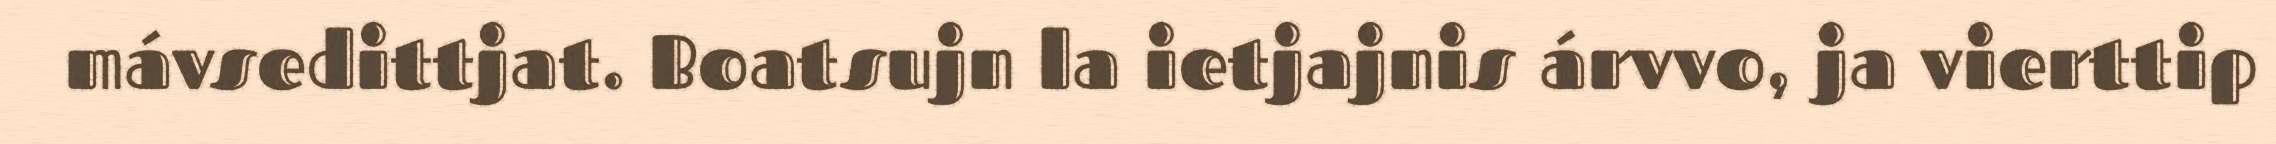
mávsedittjat. Boatsujn la ietjajnis árvvo, ja vierttip